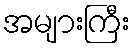
အများကြီး